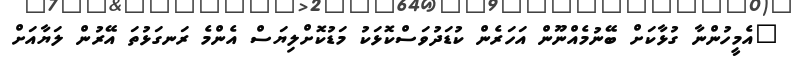
"އެމީހުންނާ ގުޅާކަށް ބޭނުމެއްނޫން އަހަރެން ކުޑަދުވަސްކޮޅަކު މަޑުކޮށްލިޔަސް އެންމެ ރަނގަޅުތަ އޭރުން ލަޔާއަށް